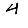
Digit: 4